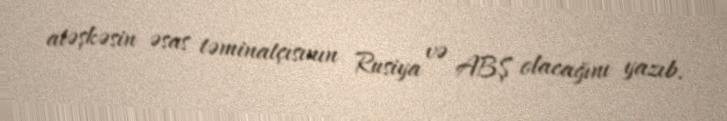
atəşkəsin əsas təminatçısının Rusiya və ABŞ olacağını yazıb.